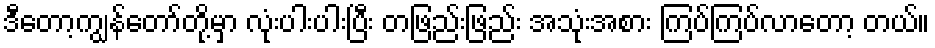
ဒီတော့ကျွန်တော်တို့မှာ လုံးပါးပါးပြီး တဖြည်းဖြည်း အသုံးအစား ကြပ်ကြပ်လာတော့ တယ်။